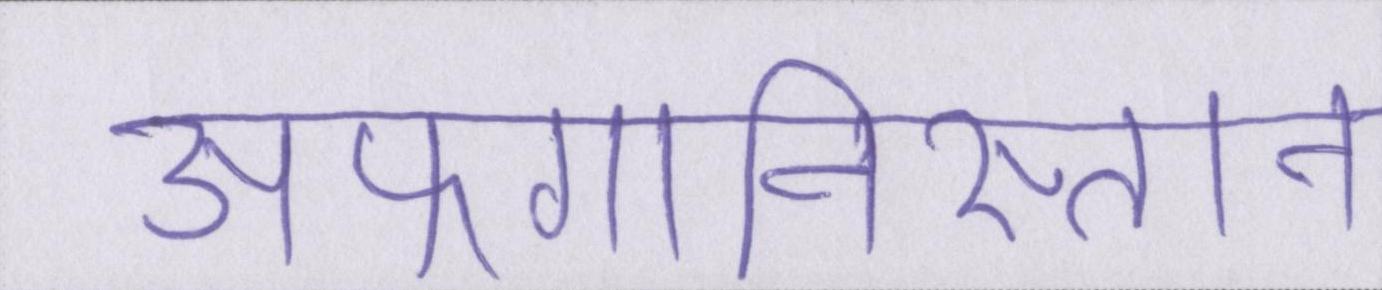
अफगानिस्तान